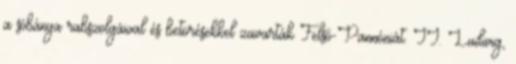
a sóbánya rabszolgáival és betörésekkel zavarták Felső-Pannóniát. II. Ludwig,